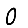
Digit: 0